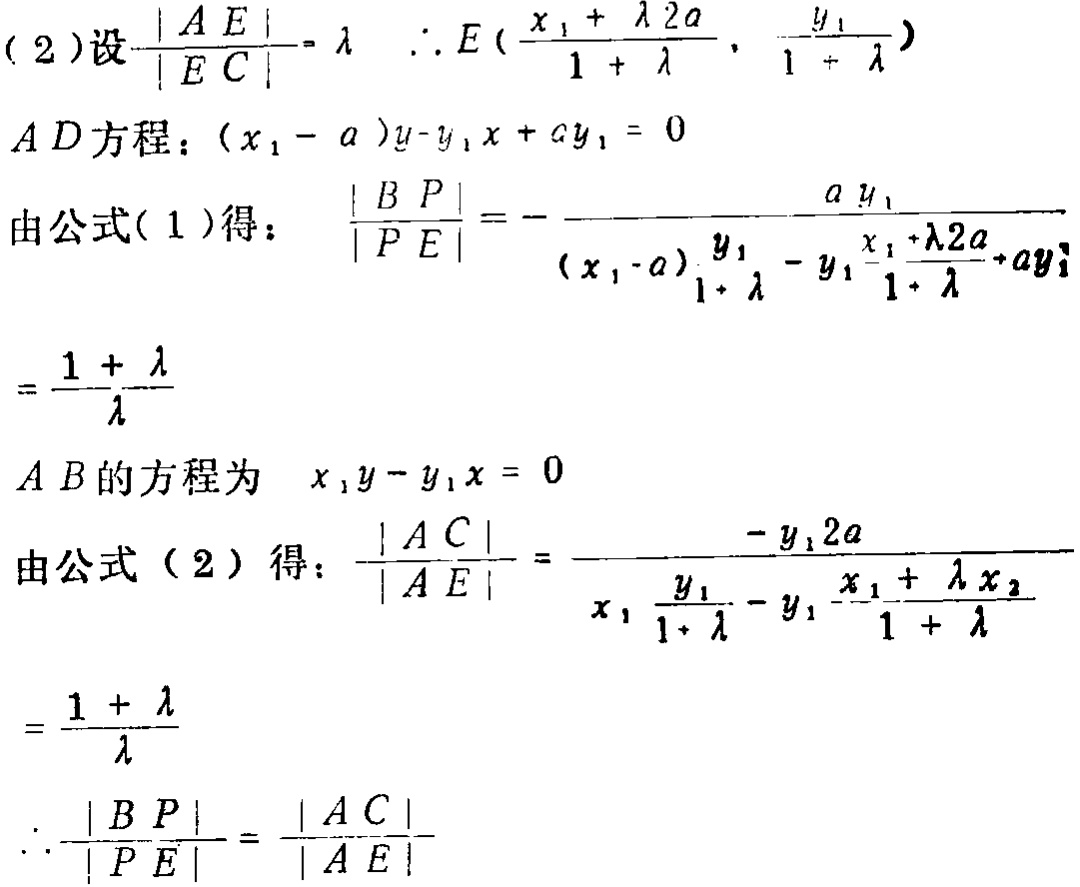
(2)设\(\frac{\vert AE\vert}{\vert EC\vert}=\lambda\) \(\therefore E(\frac{x_{1}+\lambda 2a}{1 + \lambda},\frac{y_{1}}{1 + \lambda})\)
\(AD\)方程：\((x_{1}-a)y - y_{1}x+ay_{1}=0\)
由公式(1)得：\(\frac{\vert BP\vert}{\vert PE\vert}=-\frac{ay_{1}}{(x_{1}-a)\frac{y_{1}}{1 + \lambda}-y_{1}\frac{x_{1}+\lambda 2a}{1 + \lambda}+ay_{1}}=\frac{1 + \lambda}{\lambda}\)
\(AB\)的方程为 \(x_{1}y - y_{1}x = 0\)
由公式(2)得：\(\frac{\vert AC\vert}{\vert AE\vert}=\frac{-y_{1}2a}{x_{1}\frac{y_{1}}{1 + \lambda}-y_{1}\frac{x_{1}+\lambda x_{2}}{1 + \lambda}}=\frac{1 + \lambda}{\lambda}\)
\(\therefore\frac{\vert BP\vert}{\vert PE\vert}=\frac{\vert AC\vert}{\vert AE\vert}\)